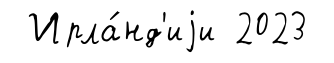
Ирла́нд'иjи 2023